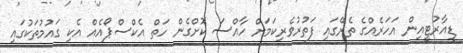
ޑީއާރުޓީއިން އަހަރެއްގެ ތެރޭގައި ފަތުރުވެރިކަމަށް ހާއްސަ ކޮށްގެން ހަތް އެކްސްޕޯއެއް އެކި ގައުމުތަކުގައި